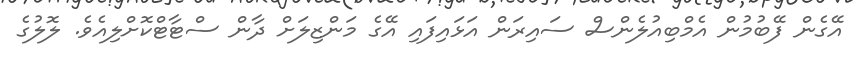
އޭގެން ފޭބުމުން އެމްބިއުލެންސް ސައިރަން އަޅައިފައި އޭގެ މަންޒިލަށް ދާން ސްޓާޓްކޮށްލިއެވެ. ލޮލުގެ